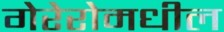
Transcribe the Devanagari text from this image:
गेरेरोमधील